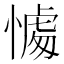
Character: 𢟶